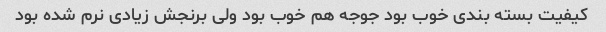
کیفیت بسته بندی خوب بود جوجه هم خوب بود ولی برنجش زیادی نرم شده بود